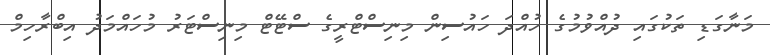
މަނާގަޑި ތަކުގައި ދުއްވުމުގެ ހުއްދަ ހައުސިން މިނިސްޓްރީގެ ސްޓޭޓް މިނިސްޓަރު މުހައްމަދު އިބްރާހިމް